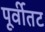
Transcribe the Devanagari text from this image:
पूर्वीतट